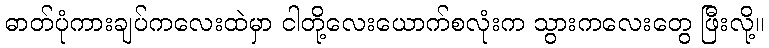
ဓာတ်ပုံကားချပ်ကလေးထဲမှာ ငါတို့လေးယောက်စလုံးက သွားကလေးတွေ ဖြီးလို့။